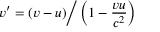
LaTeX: v ^ { \prime } = ( v - u ) { \Big / } \left( 1 - { \frac { v u } { c ^ { 2 } } } \right)